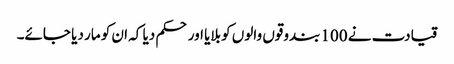
قیادت نے 100 بندوقوں والوں کو بلایا اور حکم دیا کہ ان کو مار دیا جائے۔